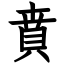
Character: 賁